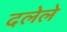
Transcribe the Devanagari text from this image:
दलेले